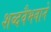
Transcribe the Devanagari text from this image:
शब्दवैभवाने